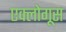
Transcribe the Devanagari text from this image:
एक्लोगूस